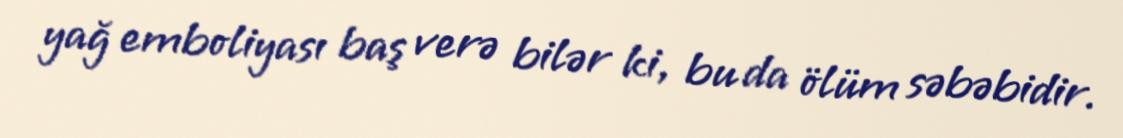
yağ emboliyası baş verə bilər ki, bu da ölüm səbəbidir.